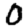
Digit: 0